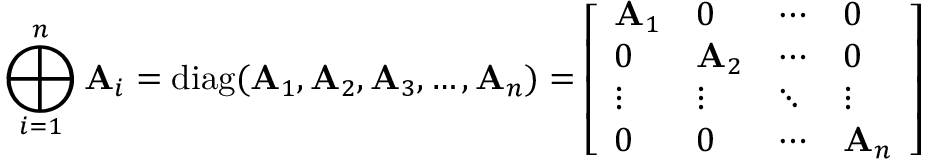
\bigoplus _ { i = 1 } ^ { n } \mathbf { A } _ { i } = \operatorname { d i a g } ( \mathbf { A } _ { 1 } , \mathbf { A } _ { 2 } , \mathbf { A } _ { 3 } , \ldots , \mathbf { A } _ { n } ) = { \left[ \begin{array} { l l l l } { \mathbf { A } _ { 1 } } & { { \boldsymbol { 0 } } } & { \cdots } & { { \boldsymbol { 0 } } } \\ { { \boldsymbol { 0 } } } & { \mathbf { A } _ { 2 } } & { \cdots } & { { \boldsymbol { 0 } } } \\ { \vdots } & { \vdots } & { \ddots } & { \vdots } \\ { { \boldsymbol { 0 } } } & { { \boldsymbol { 0 } } } & { \cdots } & { \mathbf { A } _ { n } } \end{array} \right] } \,